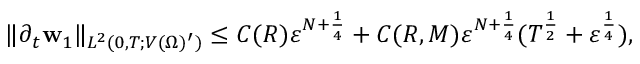
\begin{array} { r } { \| \partial _ { t } \mathbf { w } _ { 1 } \| _ { L ^ { 2 } ( 0 , T ; V ( \Omega ) ^ { \prime } ) } \leq C ( R ) \ensuremath { \varepsilon } ^ { N + \frac { 1 } { 4 } } + C ( R , M ) \ensuremath { \varepsilon } ^ { N + \frac { 1 } { 4 } } ( T ^ { \frac 1 2 } + \ensuremath { \varepsilon } ^ { \frac 1 4 } ) , } \end{array}